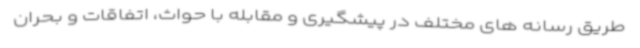
طریق رسانه های مختلف در پیشگیری و مقابله با حواث، اتفاقات و بحران